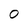
Character: 0